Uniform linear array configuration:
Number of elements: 4
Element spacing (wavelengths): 0.25
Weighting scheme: blackman
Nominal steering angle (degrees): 30
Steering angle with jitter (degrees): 28.386
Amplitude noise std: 0.05
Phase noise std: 0.05

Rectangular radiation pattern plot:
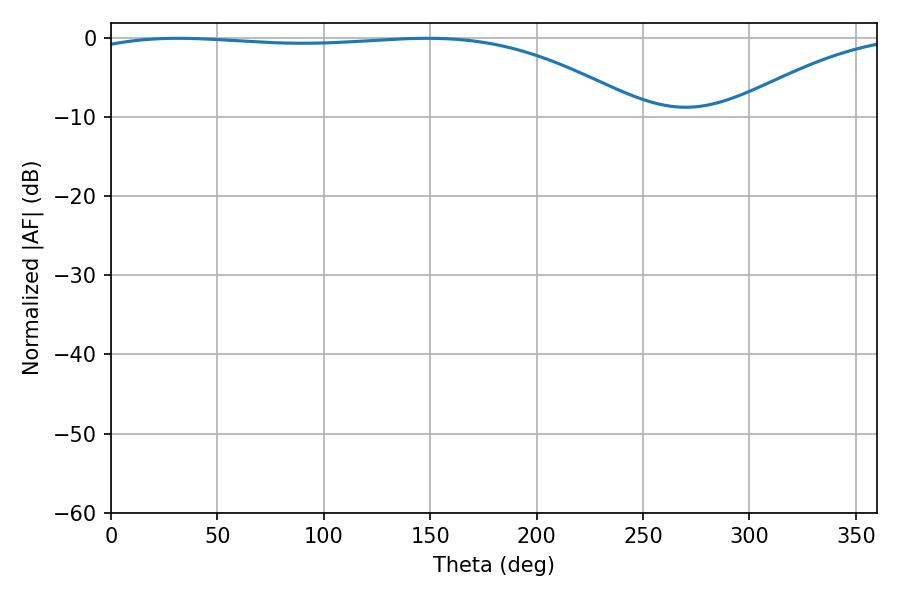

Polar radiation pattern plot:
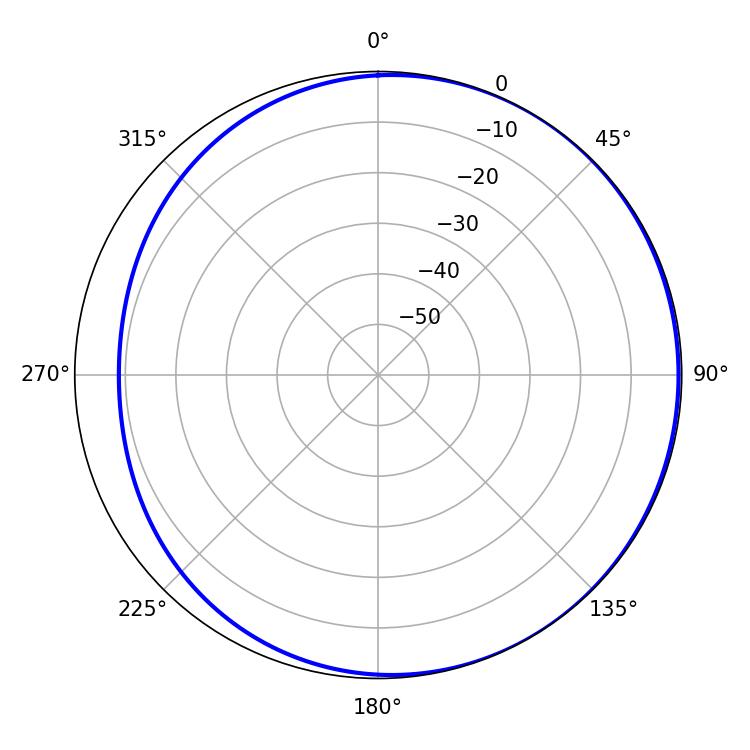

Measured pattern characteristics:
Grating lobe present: FALSE
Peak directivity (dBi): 1.862
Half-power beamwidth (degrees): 208.44
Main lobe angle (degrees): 31.5